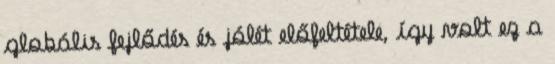
globális fejlődés és jólét előfeltétele, így volt ez a